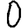
Digit: 0